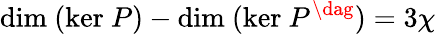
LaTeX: \mathrm{dim~}(\mathrm{ker~}P)-\mathrm{dim~}(\mathrm{ker~}P^{\dag})=3\chi